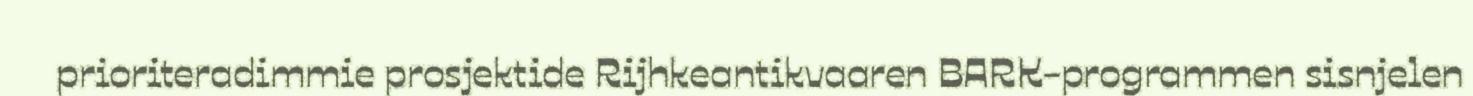
prioriteradimmie prosjektide Rijhkeantikvaaren BARK-programmen sisnjelen